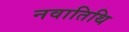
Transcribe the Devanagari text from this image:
नवातिथि